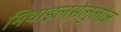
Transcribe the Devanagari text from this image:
मिथाइलसेलुलोज